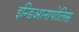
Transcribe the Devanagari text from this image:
इन्डिआनापोलिस